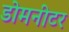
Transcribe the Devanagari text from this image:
डोमनीटर